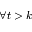
\forall t > k